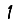
Digit: 1